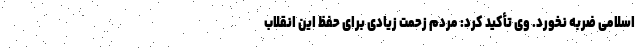
اسلامی ضربه نخورد. وی تأکید کرد: مردم زحمت زیادی برای حفظ این انقلاب